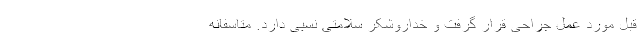
قبل مورد عمل جراحی قرار گرفت و خداروشکر سلامتی نسبی دارد. متاسفانه